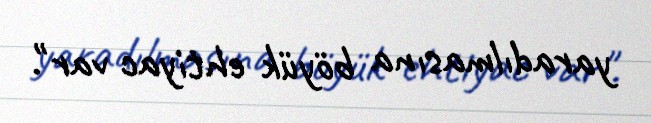
yaradılmasına böyük ehtiyac var".